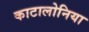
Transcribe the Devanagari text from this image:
काटालोनिया